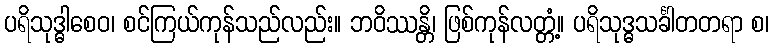
ပရိသုဒ္ဓါစေဝ၊ စင်ကြယ်ကုန်သည်လည်း။ ဘဝိဿန္တိ၊ ဖြစ်ကုန်လတ္တံ့။ ပရိသုဒ္ဓသင်္ခါတတရာ စ၊